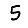
Digit: 5